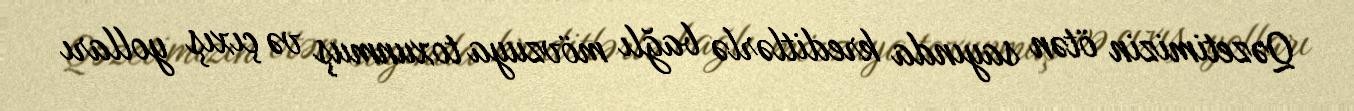
Qəzetimizin ötən sayında kreditlərlə bağlı mövzuya toxunmuş və çıxış yolları